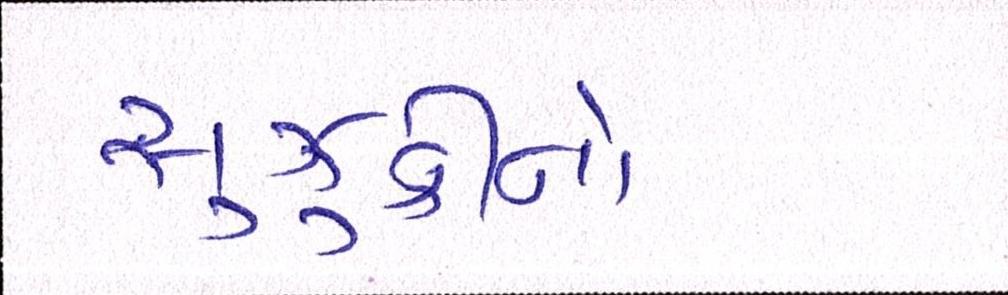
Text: સુઝુકીનો